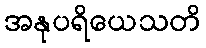
အနုပရိယေသတိ